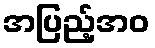
အပြည့်အဝ